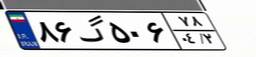
۸۶گ۵۰۶۷۸